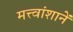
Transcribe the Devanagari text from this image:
मत्त्वांशानें